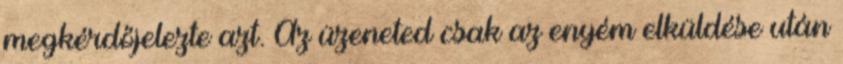
megkérdőjelezte azt. Az üzeneted csak az enyém elküldése után